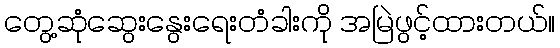
တွေ့ဆုံဆွေးနွေးရေးတံခါးကို အမြဲဖွင့်ထားတယ်။